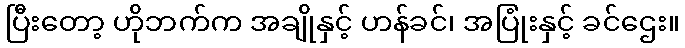
ပြီးတော့ ဟိုဘက်က အချိုနှင့် ဟန်ခင်၊ အပြုံးနှင့် ခင်ဌေး။